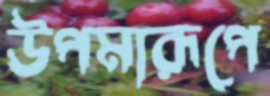
উপমারূপে